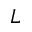
L